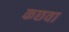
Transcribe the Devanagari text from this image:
कछवा